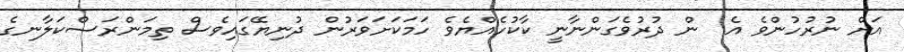
އަށް ނުރުހުންވެ އެ  ން ދުރުވެގަންނާނީ ކާކުހެއްޔެވެ ހަމަކަށަވަރުން ދުނިޔޭގައިވެސް ތިމަންރަސްކަލާނގެ